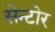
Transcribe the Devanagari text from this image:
सेन्टोर